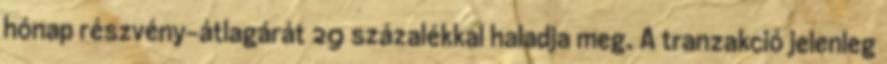
hónap részvény-átlagárát 29 százalékkal haladja meg. A tranzakció jelenleg